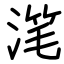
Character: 滗